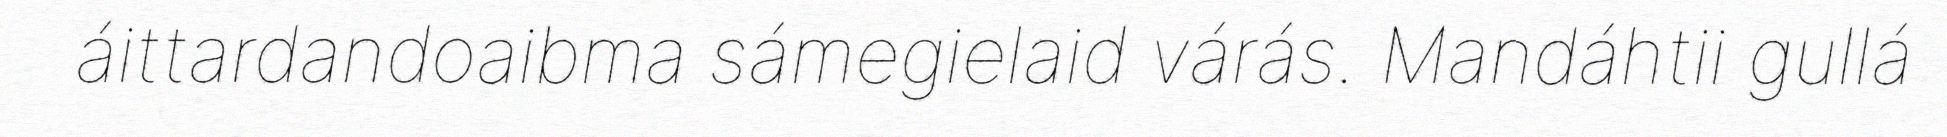
áittardandoaibma sámegielaid várás. Mandáhtii gullá